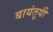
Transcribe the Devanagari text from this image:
बायंतूयी